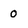
Character: 0